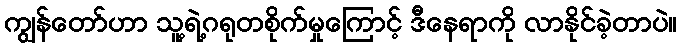
ကျွန်တော်ဟာ သူ့ရဲ့ဂရုတစိုက်မှုကြောင့် ဒီနေရာကို လာနိုင်ခဲ့တာပဲ။